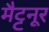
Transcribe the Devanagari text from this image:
मैट्टनूर